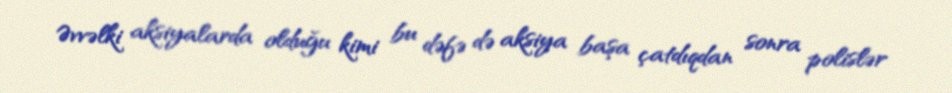
Əvvəlki aksiyalarda olduğu kimi bu dəfə də aksiya başa çatdıqdan sonra polislər